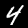
Digit: 4